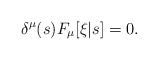
\begin{align*}\delta^\mu(s) F_\mu[\xi|s] = 0.\end{align*}